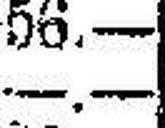
—.—